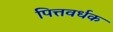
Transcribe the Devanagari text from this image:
पित्तवर्धक